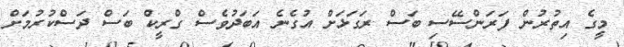
މީގެ އިތުރުން ފަރަންސޭސި ބަސް ރަގަޅަށް އުގެނެ އަބަދުވެސް ގްރީކް ބަސް ދަސްކުރުމަށް